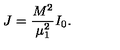
J = \frac { M ^ { 2 } } { \mu _ { 1 } ^ { 2 } } I _ { 0 } .